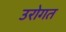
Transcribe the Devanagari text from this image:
उरोगत